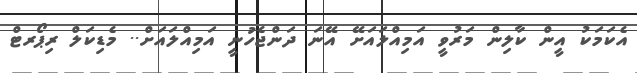
އެކަމަކު އީން ކާލިން މަރުވީ އަމިއްލައަށޭ އޭނަ ދަންޖެހުނީ އަމިއްލައަށް.. މެޑިކަލް ރިޕޯރޓް